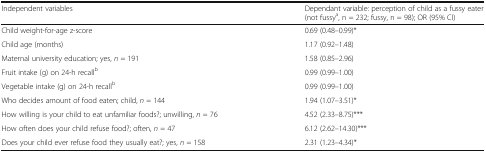
| Independent variables | Dependant variable: perception of child as a fussy eater (not fussya, n = 232; fussy, n = 98); OR (95% CI) |
 | --- | --- |
 | Child weight-for-age z-score | 0.69 (0.48–0.99)* |
 | Child age (months) | 1.17 (0.92–1.48) |
 | Maternal university education; yes, n = 191 | 1.58 (0.85–2.96) |
 | Fruit intake (g) on 24-h recallb | 0.99 (0.99–1.00) |
 | Vegetable intake (g) on 24-h recallb | 0.99 (0.99–1.00) |
 | Who decides amount of food eaten; child, n = 144 | 1.94 (1.07–3.51)* |
 | How willing is your child to eat unfamiliar foods?; unwilling, n = 76 | 4.52 (2.33–8.75)*** |
 | How often does your child refuse food?; often, n = 47 | 6.12 (2.62–14.30)*** |
 | Does your child ever refuse food they usually eat?; yes, n = 158 | 2.31 (1.23–4.34)* |